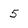
Character: 5